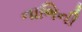
નાભિની